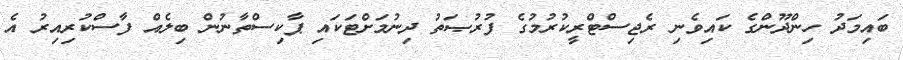
ބައިމަދު ހިންދޫންގެ ކައިވެނި ރެޖިސްޓްރީކުރުމުގެ ފުރުޞަތު ދިނުމަށްޓަކައި ޕާކިސްތާނުން ބިލެއް ފާސްކުރިއިރު އެ